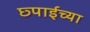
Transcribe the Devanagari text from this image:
छ्पाईच्या